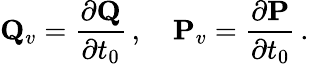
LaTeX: {\mathbf Q}_{v}=\frac{\partial{\mathbf Q}}{\partial t_{0}}\, ,\quad{\mathbf P}_{v}=\frac{\partial{\mathbf P}}{\partial t_{0}}\, .